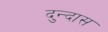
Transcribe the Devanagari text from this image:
दुन्दास